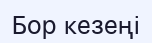
Бор кезеңі